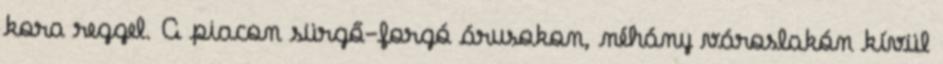
kora reggel. A piacon sürgő-forgó árusokon, néhány városlakón kívül